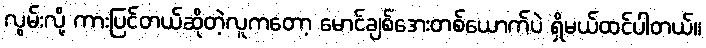
လွမ်းလို့ ကားပြင်တယ်ဆိုတဲ့လူကတော့ မောင်ချစ်အေးတစ်ယောက်ပဲ ရှိမယ်ထင်ပါတယ်။